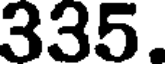
335.